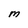
Character: M